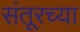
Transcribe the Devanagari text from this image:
संतूरच्या